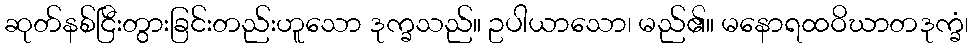
ဆုတ်နစ်ငြီးတွားခြင်းတည်းဟူသော ဒုက္ခသည်။ ဥပါယာသော၊ မည်၏။ မနောရထဝိဃာတဒုက္ခံ၊